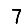
Digit: 7